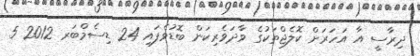
ދިރާސީ އާ އަހަރަށް ކޮލެޖްތަކުގެ ވާދަވެރިކަން ބޮޑުވެފައި 24 ޑިސެމްބަރ 2012 5